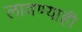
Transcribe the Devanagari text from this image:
लावण्याही